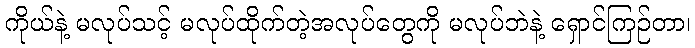
ကိုယ်နဲ့ မလုပ်သင့် မလုပ်ထိုက်တဲ့အလုပ်တွေကို မလုပ်ဘဲနဲ့ ရှောင်ကြဉ်တာ၊